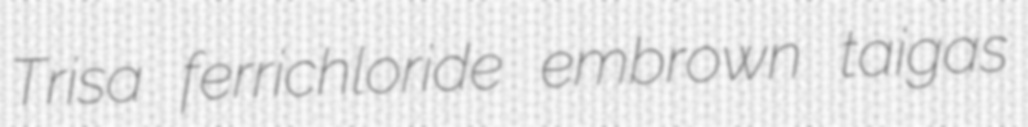
Trisa ferrichloride embrown taigas